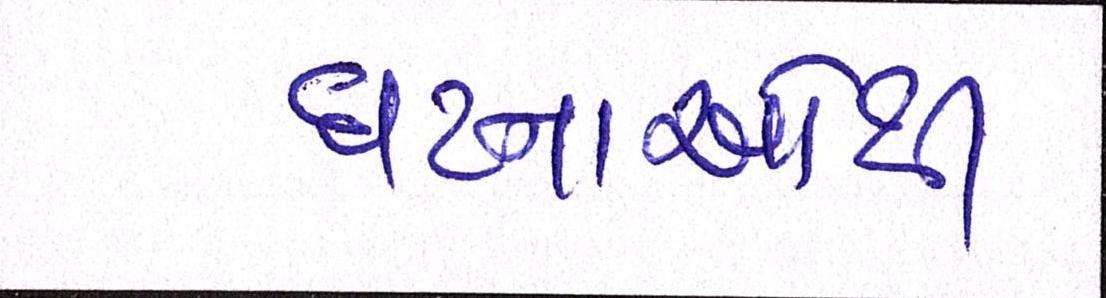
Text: ઘટનાઓથી